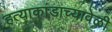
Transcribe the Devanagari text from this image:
हत्याकांडाच्यावेळी